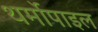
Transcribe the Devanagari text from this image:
थर्मोपाइल